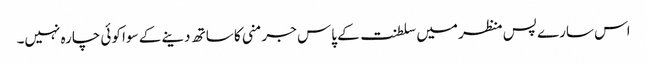
اس سارے پس منظر میں سلطنت کے پاس جرمنی کا ساتھ دینے کے سوا کوئی چارہ نہیں۔